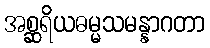
အစ္ဆရိယဓမ္မသမန္နာဂတာ